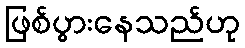
ဖြစ်ပွားနေသည်ဟု